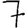
Digit: 7